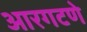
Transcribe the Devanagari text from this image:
आरगटणे